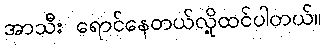
အာသီး ရောင်နေတယ်လို့ထင်ပါတယ်။